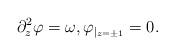
LaTeX: \begin{align*}\partial_z^2 \varphi = \omega , \varphi_{\vert_{z=\pm 1}} = 0.\end{align*}